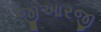
જીઆરજી